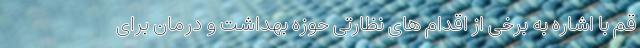
قم با اشاره به برخی از اقدام های نظارتی حوزه بهداشت و درمان برای